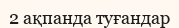
2 ақпанда туғандар